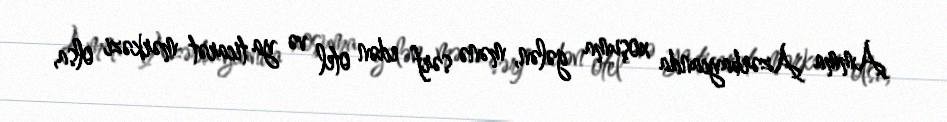
Amma Azərbaycanda xoşuma gələn, mənə sərf edən otel və ya ticarət mərkəzi olsa,